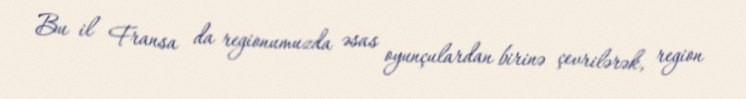
Bu il Fransa da regionumuzda əsas oyunçulardan birinə çevrilərək, region